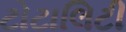
ટોટાલિટી